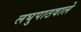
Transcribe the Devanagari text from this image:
लघुपाठवाले